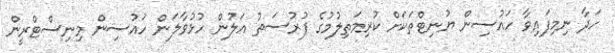
ހަދާ ނިމިފައިވާ ހައުސިން ޔުނިޓްތަކަށް ކުރިމަތިލުމުގެ ފުރުސަތު އަލުން ހުޅުވާލަން ހައުސިން މިނިސްޓްރީން